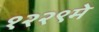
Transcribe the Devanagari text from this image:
१२२९मे